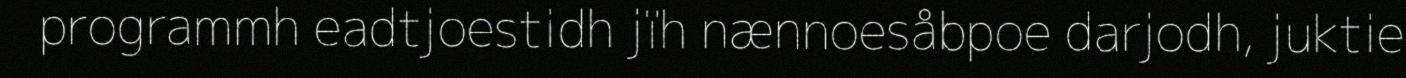
programmh eadtjoestidh jïh nænnoesåbpoe darjodh, juktie